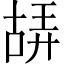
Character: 𠸙